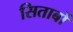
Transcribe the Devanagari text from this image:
सिताबों